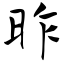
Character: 昨